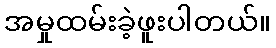
အမှုထမ်းခဲ့ဖူးပါတယ်။